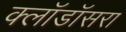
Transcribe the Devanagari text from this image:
क्लॉडॉसरा